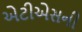
એટીએસની